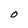
Character: 0